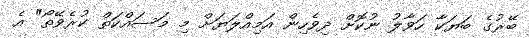
ބޭރުގެ ބަޔަކާ ހަވާލު ނުކޮށް ދިވެހިން އަމިއްލަޔަށް މި މަސައްކަތް ކުރެވޭތޯ" އެ